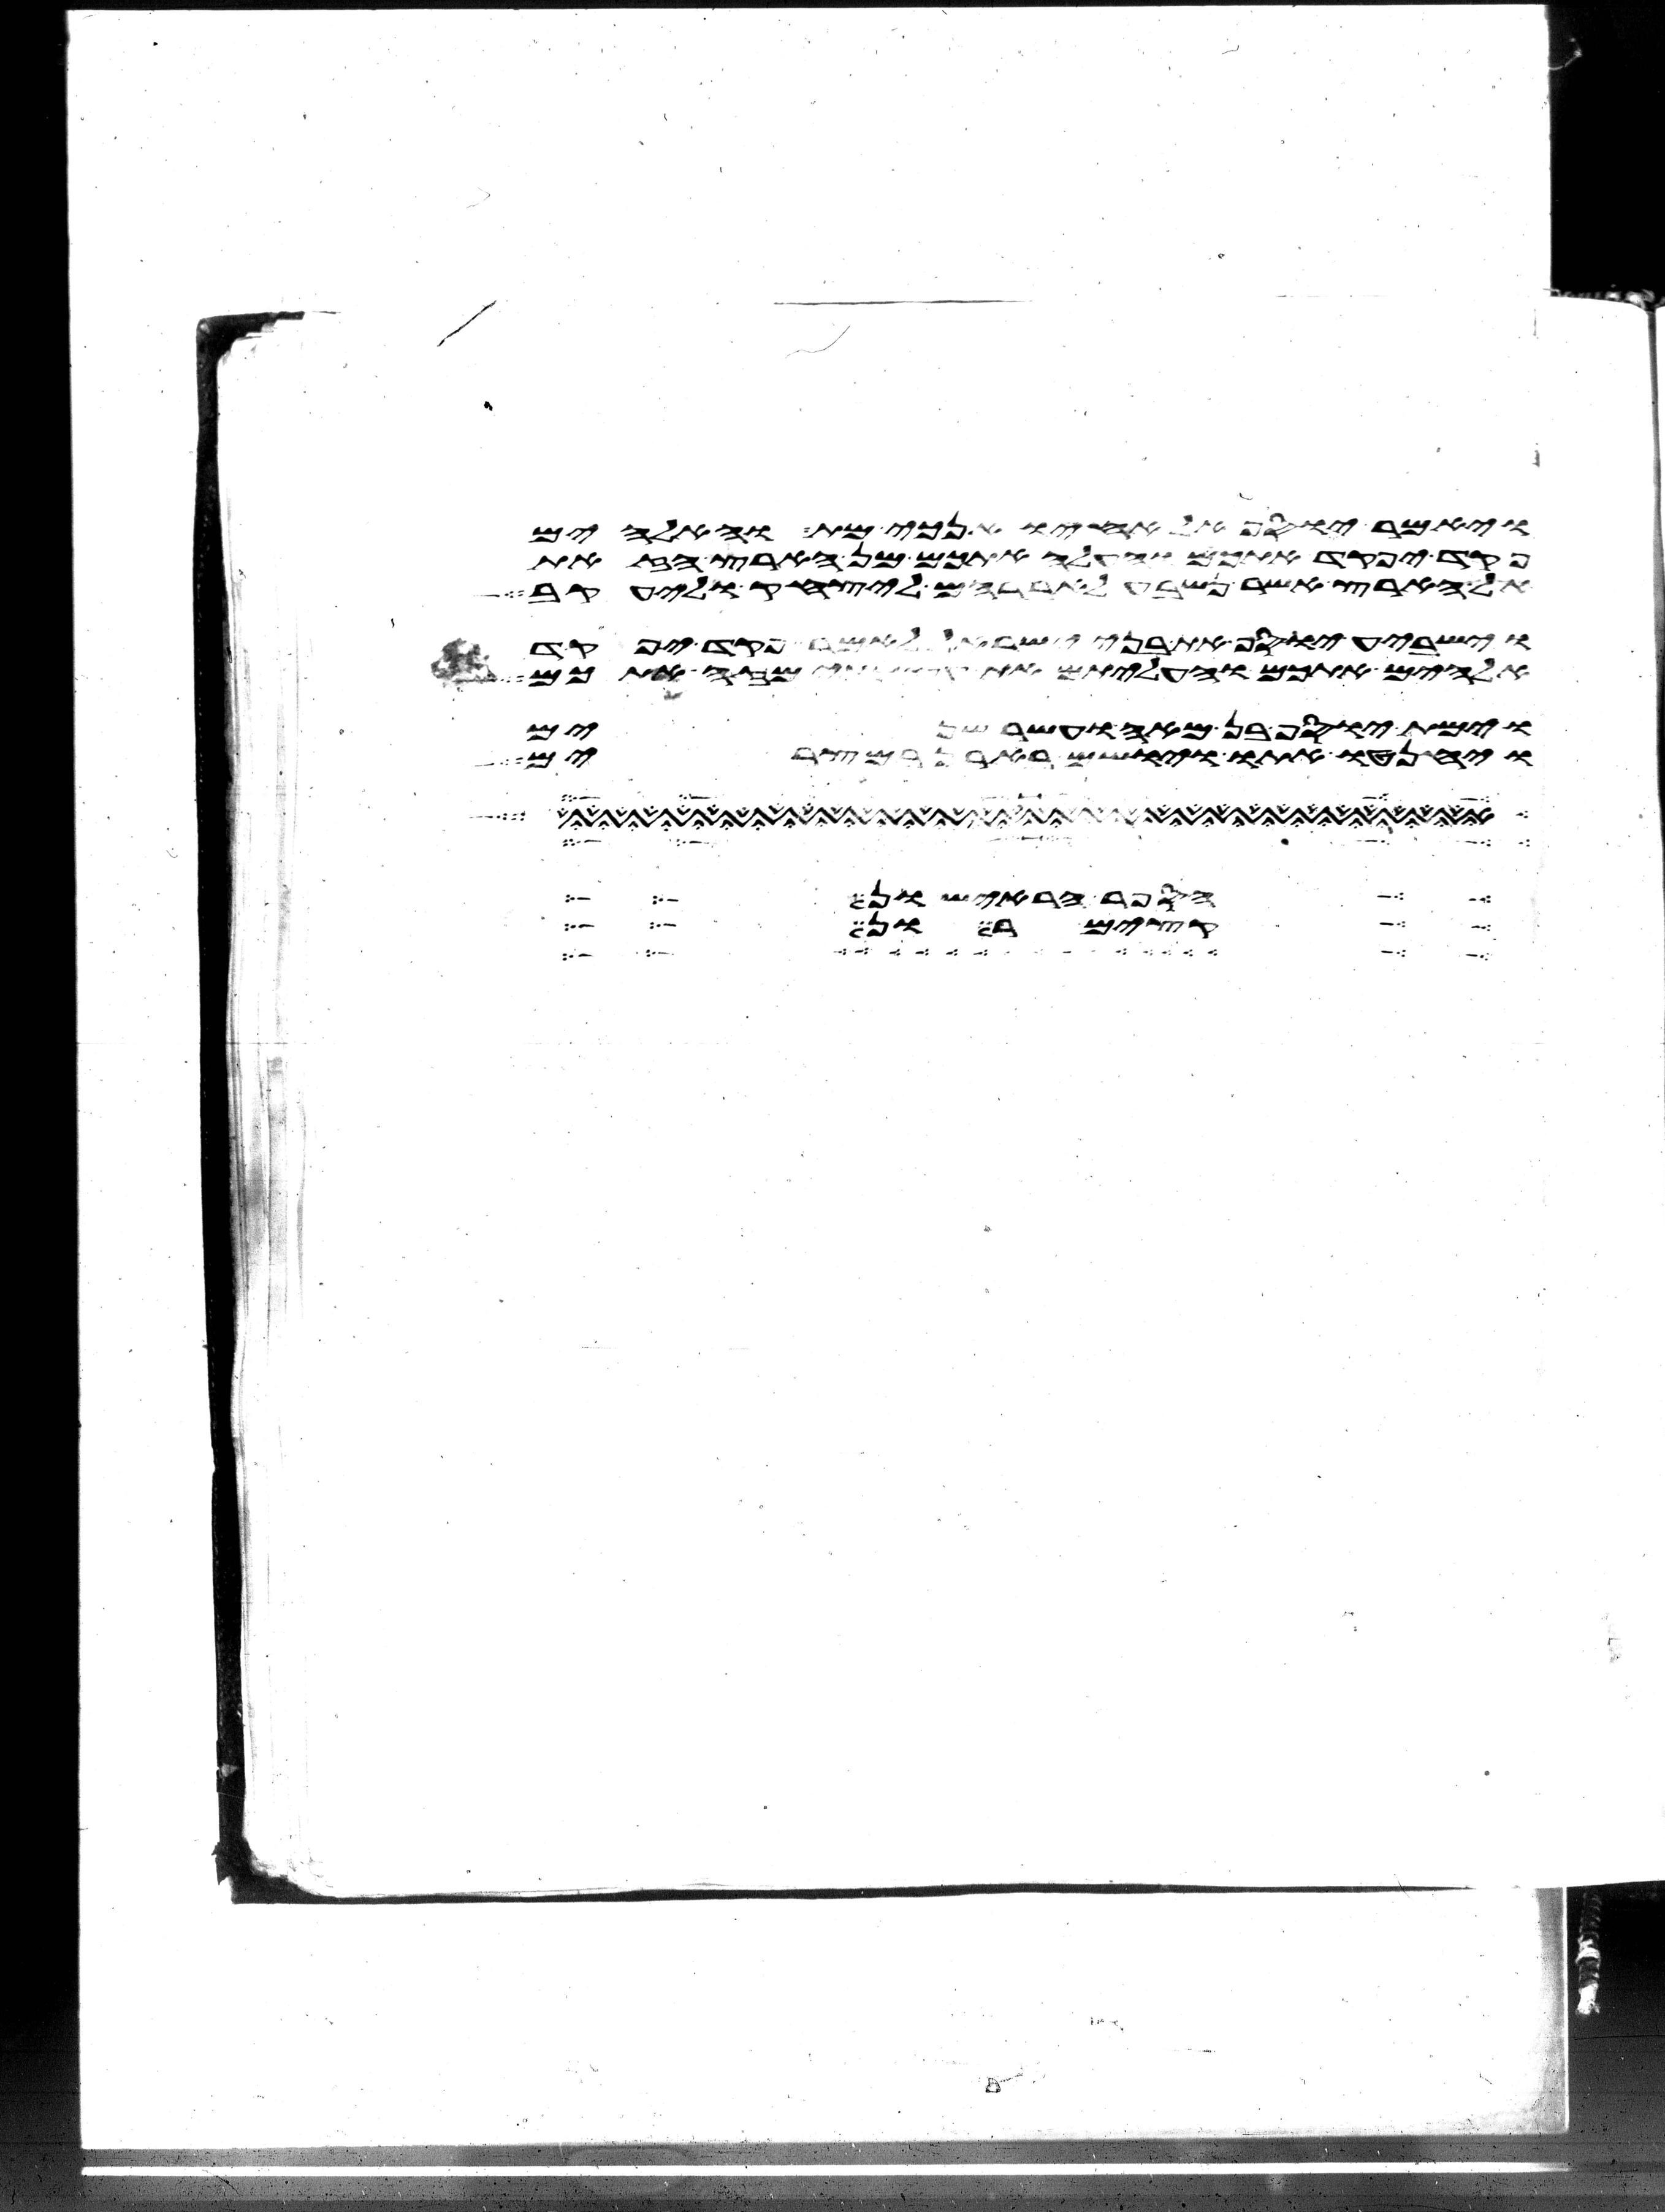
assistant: ויאמר יוסף אל אחיו אנכי מת והאלהים
פקד יפקד אתכם והעלה אתכם מן הארץ הזאת
אל הארץ אשר נשבע לאברהם ליצחק וליעקב
וישביע יוסף את בני ישראל לאמר פקד יפקד
אלהים אתכם והעליתם את עצמתי מזה אתכם
וימת יוסף בן מאה ועשר שנים
ויחנטו אתו ויושם בארן במצרים
הפר הראישון
בקי בן